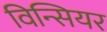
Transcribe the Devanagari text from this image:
विन्सियर